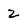
Character: 2